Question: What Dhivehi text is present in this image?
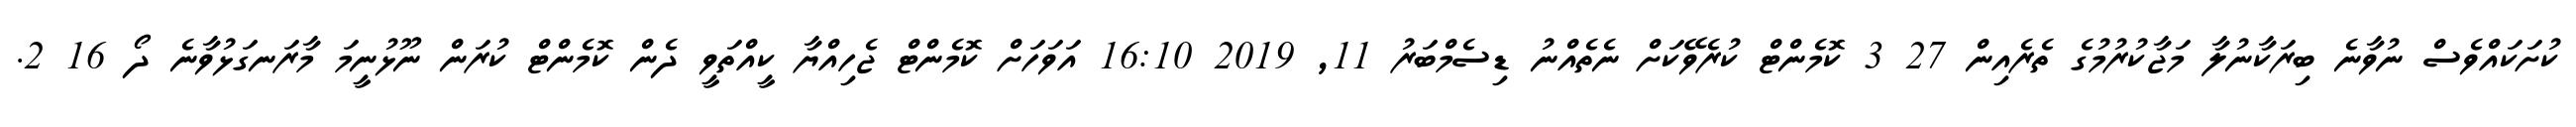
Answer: ކުށަކައްވެސް ނުވާނެ ބިރަކާނުލާ މަޖާކުރުމުގެ ތެރެއިން 27 3 ކޮމެންޓް ކުރެވޭކަށް ނެތެއްނު ޑިސެމްބަރު 11, 2019 16:10 އަވަހަށް ކޮމެންޓް ޖެހިއްޔާ ކީއްތަވީ ދެން ކޮމެންޓް ކުރަން ނޫޅުނީމަ މާރަނގަޅުވާނެ ދޯ 16 2.